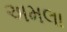
અમલા